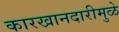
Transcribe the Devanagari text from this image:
कारखानदारीमुळे